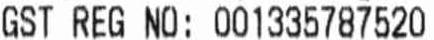
GST REG NO: 001335787520